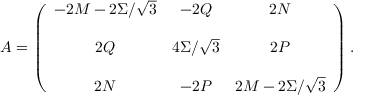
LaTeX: A = \left( \begin{array} { c c c } { { - 2 M - 2 \Sigma / \sqrt { 3 } } } & { { - 2 Q } } & { { 2 N } } \\ { { } } & { { } } & { { } } \\ { { 2 Q } } & { { 4 \Sigma / \sqrt { 3 } } } & { { 2 P } } \\ { { } } & { { } } & { { } } \\ { { 2 N } } & { { - 2 P } } & { { 2 M - 2 \Sigma / \sqrt { 3 } } } \end{array} \right) .